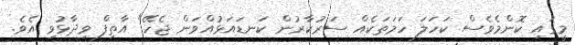
މީގައި ކޮންމެވެސް ކަހަލަ ހަމަތަކެއް ސަރުކާރުން ކަނޑައަޅުއްވަން ޖެހޭ" އާތިފް ވިދާޅުވި އެވެ.